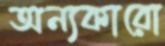
অন্যকারো